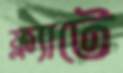
ফ্ল্যাটে